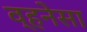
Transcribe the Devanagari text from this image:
व्हनेसा